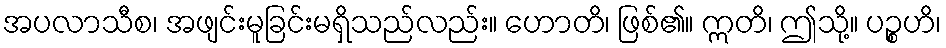
အပလာသီစ၊ အဖျင်းမူခြင်းမရှိသည်လည်း။ ဟောတိ၊ ဖြစ်၏။ ဣတိ၊ ဤသို့။ ပဉ္စဟိ၊